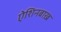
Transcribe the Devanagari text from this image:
ऐशिनबाख़